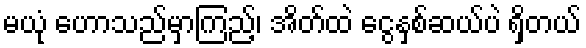
မယုံ ဟောသည်မှာကြည့်၊ အိတ်ထဲ ငွေနှစ်ဆယ်ပဲ ရှိတယ်